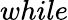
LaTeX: while